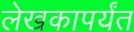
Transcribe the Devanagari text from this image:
लेखकापर्यंत